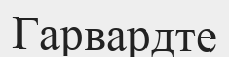
Гарвардте